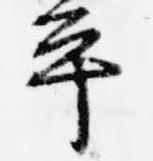
平